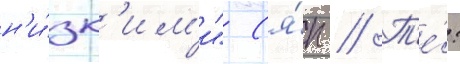
н'и́зк'им'и" (я́п // Т'е́: